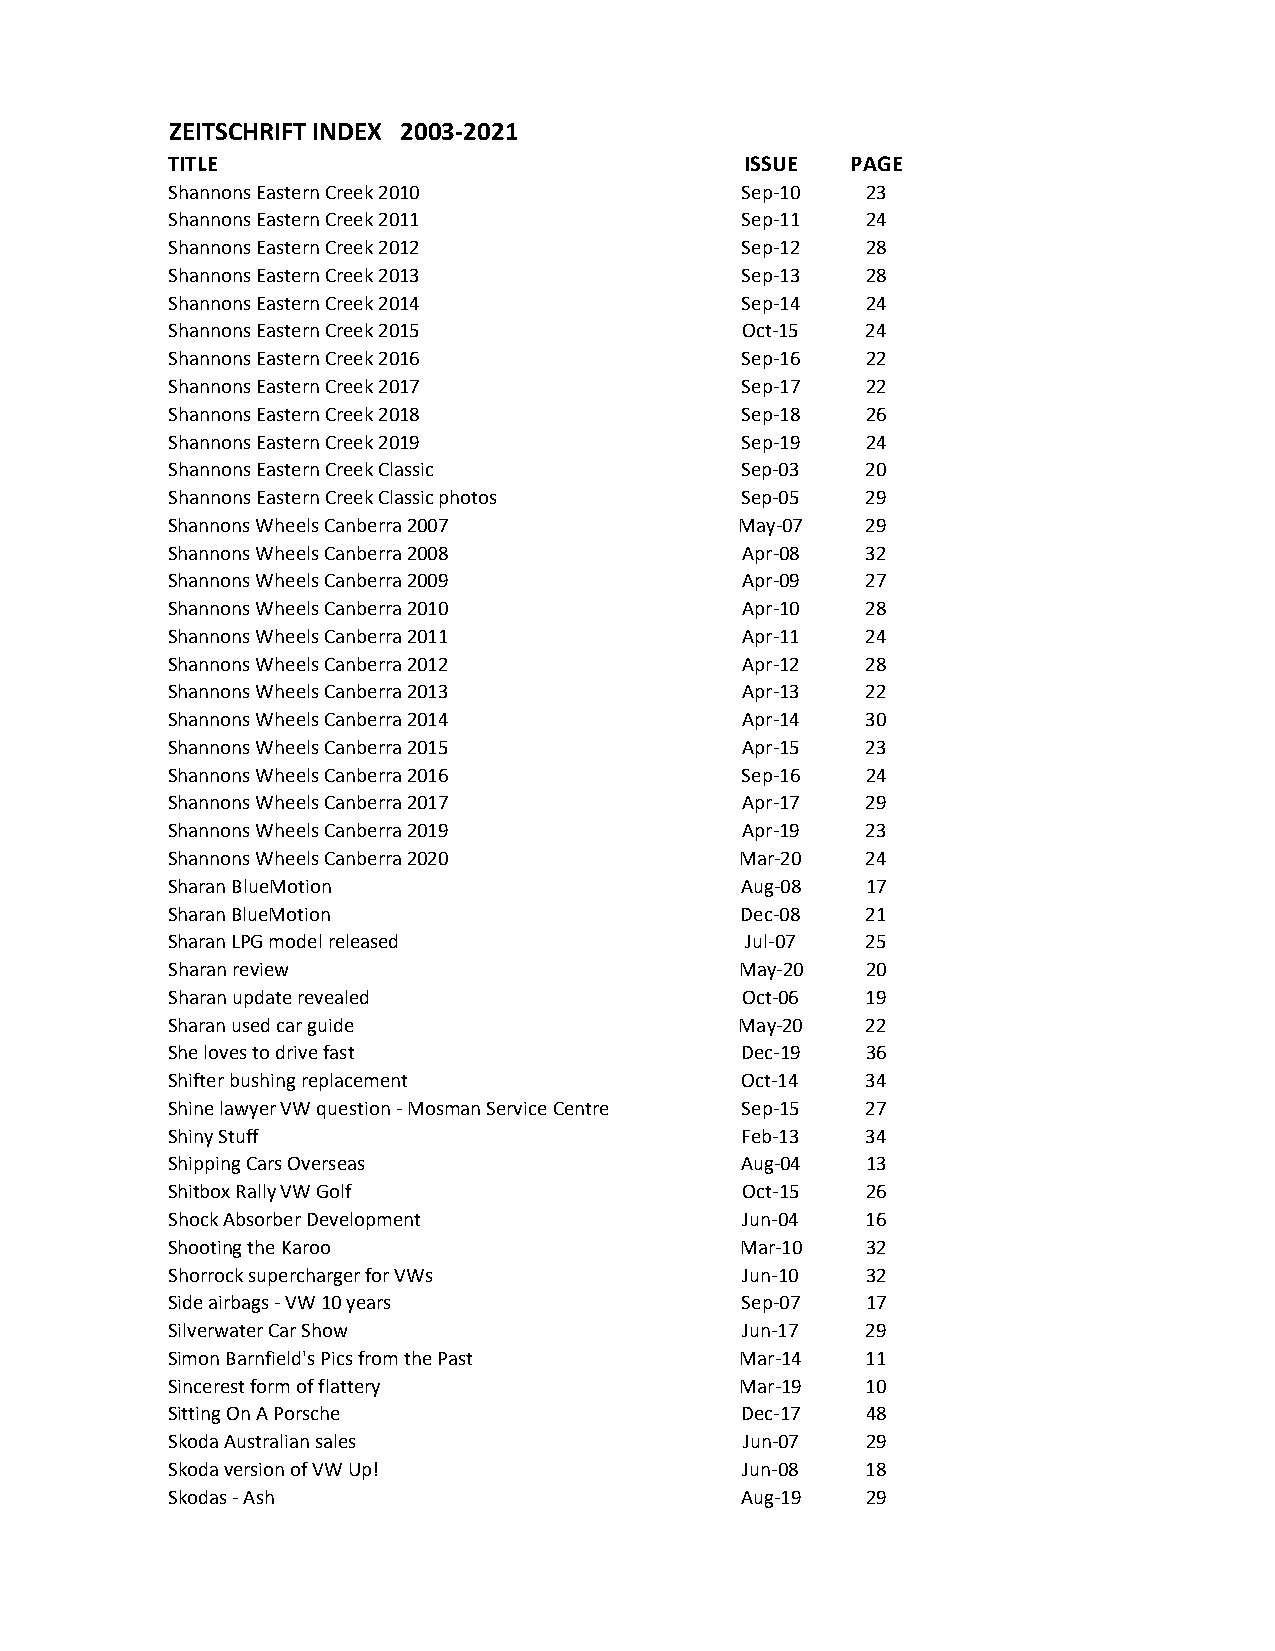
ZEITSCHRIFT INDEX 2003-2021
 TITLE                                 ISSUE  PAGE
 Shannons Eastern Creek 2010           Sep-10  23
 Shannons Eastern Creek 2011           Sep-11  24
 Shannons Eastern Creek 2012           Sep-12  28
 Shannons Eastern Creek 2013           Sep-13  28
 Shannons Eastern Creek 2014           Sep-14  24
 Shannons Eastern Creek 2015           Oct-15  24
 Shannons Eastern Creek 2016           Sep-16  22
 Shannons Eastern Creek 2017           Sep-17  22
 Shannons Eastern Creek 2018           Sep-18  26
 Shannons Eastern Creek 2019           Sep-19  24
 Shannons Eastern Creek Classic        Sep-03  20
 Shannons Eastern Creek Classic photos Sep-05  29
 Shannons Wheels Canberra 2007         May-07  29
 Shannons Wheels Canberra 2008         Apr-08  32
 Shannons Wheels Canberra 2009         Apr-09  27
 Shannons Wheels Canberra 2010         Apr-10  28
 Shannons Wheels Canberra 2011         Apr-11  24
 Shannons Wheels Canberra 2012         Apr-12  28
 Shannons Wheels Canberra 2013         Apr-13  22
 Shannons Wheels Canberra 2014         Apr-14  30
 Shannons Wheels Canberra 2015         Apr-15  23
 Shannons Wheels Canberra 2016         Sep-16  24
 Shannons Wheels Canberra 2017         Apr-17  29
 Shannons Wheels Canberra 2019         Apr-19  23
 Shannons Wheels Canberra 2020         Mar-20  24
 Sharan BlueMotion                     Aug-08  17
 Sharan BlueMotion                     Dec-08  21
 Sharan LPG model released             Jul-07  25
 Sharan review                         May-20  20
 Sharan update revealed                Oct-06  19
 Sharan used car guide                 May-20  22
 She loves to drive fast               Dec-19  36
 Shifter bushing replacement           Oct-14  34
 Shine lawyer VW question - Mosman Service Centre Sep-15 27
 Shiny Stuff                           Feb-13  34
 Shipping Cars Overseas                Aug-04  13
 Shitbox Rally VW Golf                 Oct-15  26
 Shock Absorber Development            Jun-04  16
 Shooting the Karoo                    Mar-10  32
 Shorrock supercharger for VWs         Jun-10  32
 Side airbags - VW 10 years            Sep-07  17
 Silverwater Car Show                  Jun-17  29
 Simon Barnfield's Pics from the Past  Mar-14  11
 Sincerest form of flattery            Mar-19  10
 Sitting On A Porsche                  Dec-17  48
 Skoda Australian sales                Jun-07  29
 Skoda version of VW Up!               Jun-08  18
 Skodas - Ash                          Aug-19  29